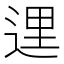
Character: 𨓦